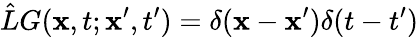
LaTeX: \hat{L}G(\mathbf{x},t;\mathbf{x}^{\prime},t^{\prime})=\delta(\mathbf{x}-\mathbf{x}^{\prime})\delta(t-t^{\prime})